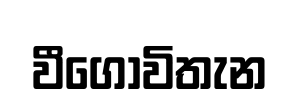
වීගොවිතැන